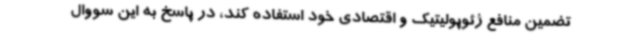
تضمین منافع ژئوپولیتیک و اقتصادی خود استفاده کند، در پاسخ به این سووال